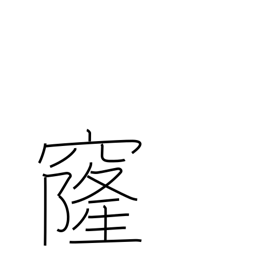
Meaning: vault (of sky)